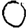
Digit: 0